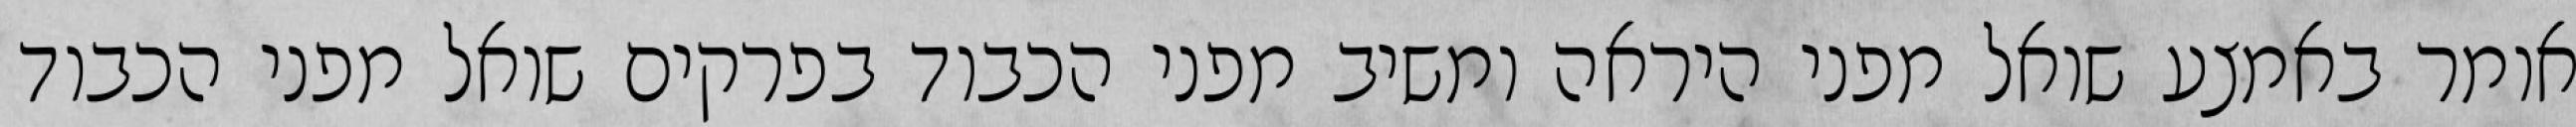
אומר באמצע שואל מפני היראה ומשיב מפני הכבוד בפרקים שואל מפני הכבוד